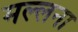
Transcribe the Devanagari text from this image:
मल्लना